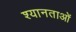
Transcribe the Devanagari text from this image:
श्यानताओं